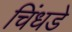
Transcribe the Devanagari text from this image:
चिंधडे